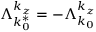
\Lambda _ { k _ { 0 } ^ { * } } ^ { k _ { z } } = - \Lambda _ { k _ { 0 } } ^ { k _ { z } }